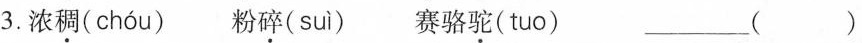
3.浓稠( chóu ) 粉碎( suì) 赛骆驼(tuo) ___()